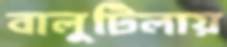
বালুটিলায়